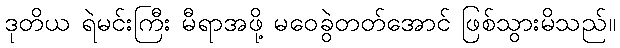
ဒုတိယ ရဲမင်းကြီး မီရာအဖို့ မဝေခွဲတတ်အောင် ဖြစ်သွားမိသည်။